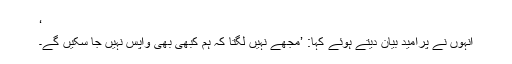
‘
انہوں نے پرامید بیان دیتے ہوئے کہا: ’مجھے نہیں لگتا کہ ہم کبھی بھی واپس نہیں جا سکیں گے۔